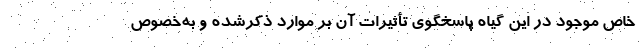
خاص موجود در این گیاه پاسخگوی تأثیرات آن بر موارد ذکرشده و به‌خصوص